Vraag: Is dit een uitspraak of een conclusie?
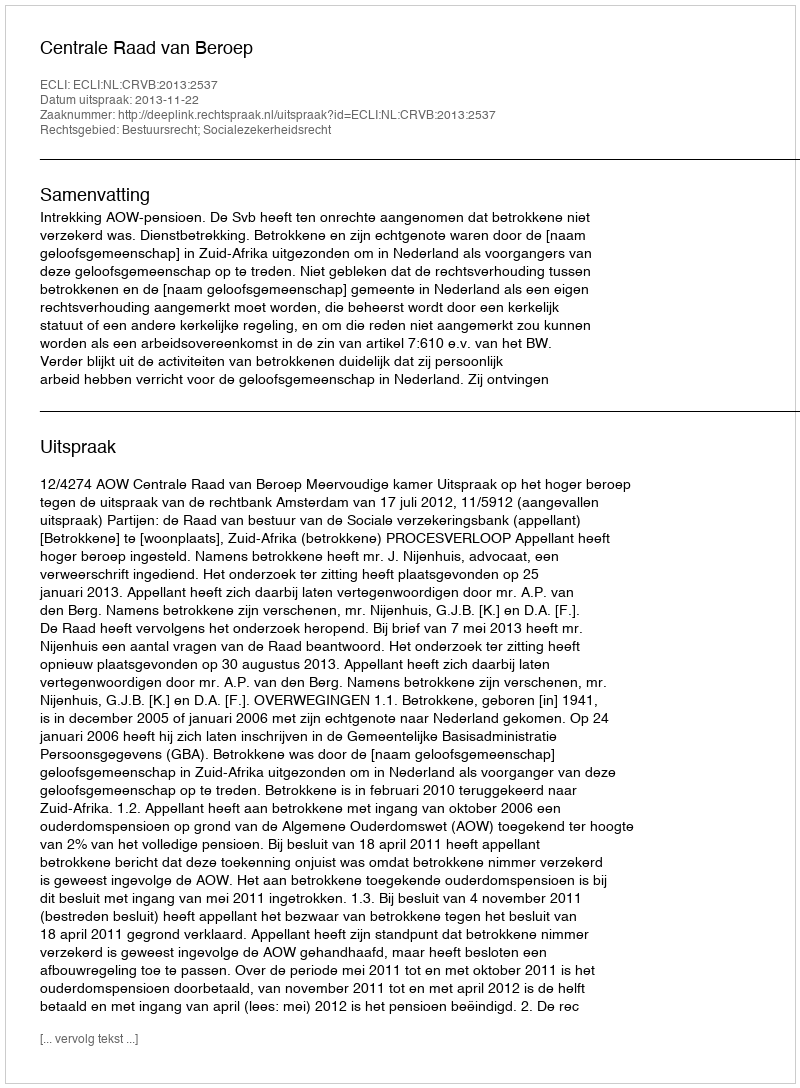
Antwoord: Uitspraak